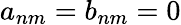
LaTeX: a_{nm}=b_{nm}=0